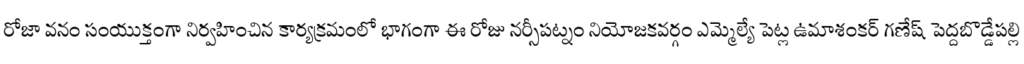
రోజా వనం సంయుక్తంగా నిర్వహించిన కార్యక్రమంలో భాగంగా ఈ రోజు నర్సీపట్నం నియోజకవర్గం ఎమ్మెల్యే పెట్ల ఉమాశంకర్ గణేష్ పెద్దబొడ్డేపల్లి